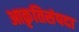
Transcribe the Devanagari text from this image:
आकृतिसंपदा